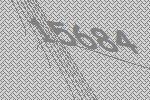
15684